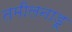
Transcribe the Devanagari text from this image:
तमीलनाडू